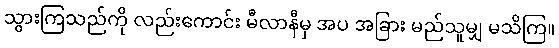
သွားကြသည်ကို လည်းကောင်း မီလာနီမှ အပ အခြား မည်သူမျှ မသိကြ။